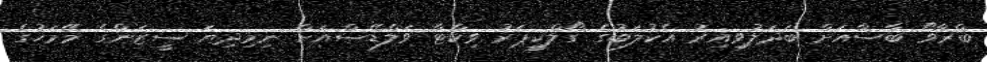
ބްރާވޯ ބާސާއަށް ބަދަލުވިއިރު އެކުލަބުގެ ގޯލްކީޕަރު ވިކްޓާ ވަލްޑޭސްއަށް ނިމިދިޔަ ސީޒަންގެ މޭމަހުގެ